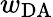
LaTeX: w_{\textrm{DA}}